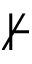
\nvdash